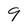
Character: 9